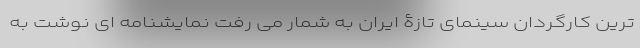
ترین کارگردان سینمای تازۀ ایران به شمار می رفت نمایشنامه ای نوشت به